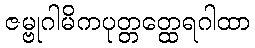
ဇမ္ဗုဂါမိကပုတ္တတ္ထေရဂါထာ